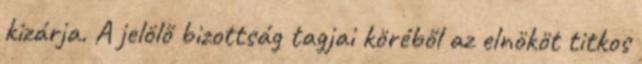
kizárja. A jelölő bizottság tagjai köréből az elnököt titkos